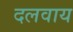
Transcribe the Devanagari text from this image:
दलवाय